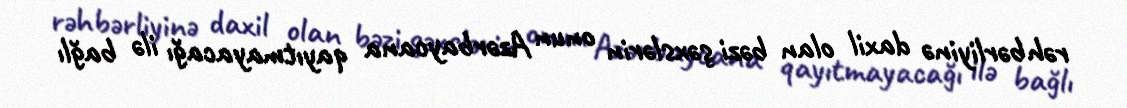
rəhbərliyinə daxil olan bəzi şəxslərin onun Azərbaycana qayıtmayacağı ilə bağlı